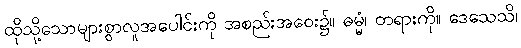
ထိုသို့သောများစွာလူအပေါင်းကို အစည်းအဝေး၌။ ဓမ္မံ၊ တရားကို။ ဒေသေသိ၊